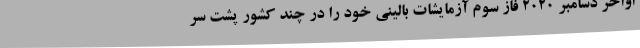
اواخر دسامبر 2020 فاز سوم آزمایشات بالینی خود را در چند کشور پشت سر